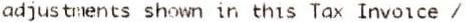
ADJUSTMENTS SHOWN IN THIS TAX INVOICE /